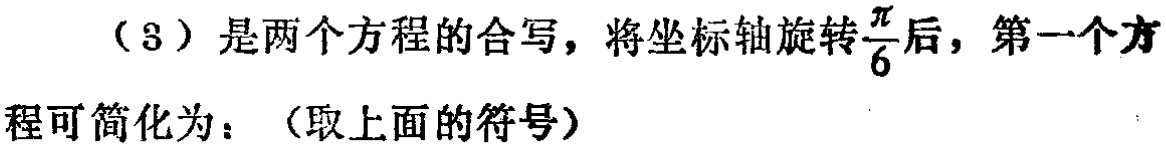
（3）是两个方程的合写，将坐标轴旋转$\frac{\pi}{6}$后，第一个方程可简化为：（取上面的符号）